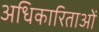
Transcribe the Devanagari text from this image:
अधिकारिताओं